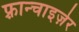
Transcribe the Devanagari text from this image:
फ़्रान्चाइज़ेर